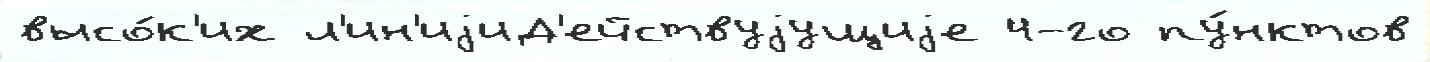
высо́к'их л'ин'иjиД'ействуjущиjе 4-го пу́нктов